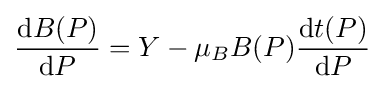
{\frac {{\text{d}}B(P)}{{\text{d}}P}}=Y-\mu _{B}B(P){\frac {{\text{d}}t(P)}{{\text{d}}P}}